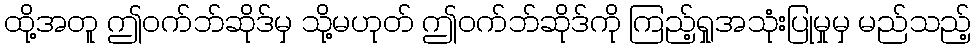
ထို့အတူ ဤဝက်ဘ်ဆိုဒ်မှ သို့မဟုတ် ဤဝက်ဘ်ဆိုဒ်ကို ကြည့်ရှုအသုံးပြုမှုမှ မည်သည့်